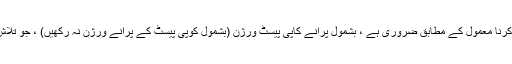
بین کے دوسرے تمام ورژن کو حذف کرنا معمول کے مطابق ضروری ہے ، بشمول پرانے کاپی پیسٹ ورژن (بشمول کوپی پیسٹ کے پرانے ورژن نہ رکھیں) ، جو تلاش کنندہ کے نتائج میں نہیں دکھائے گا۔